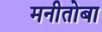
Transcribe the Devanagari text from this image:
मनीतोबा